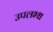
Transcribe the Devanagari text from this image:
उपलभ्ध